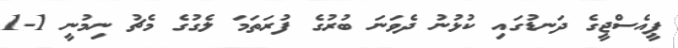
ޕީއެސްޖީގެ ދަނޑުގައި ކުޅުނު ދެވަނަ ބުރުގެ ފުރަތަމަ ލެގުގެ މެޗު ނިމުނީ 1-1